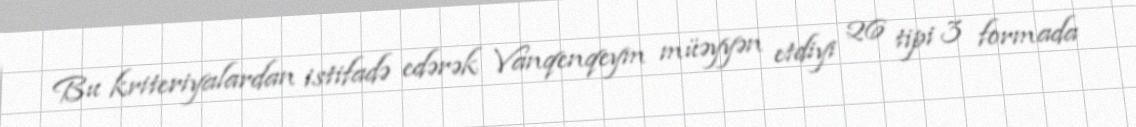
Bu kriteriyalardan istifadə edərək Vanqenqeym müəyyən etdiyi 26 tipi 3 formada